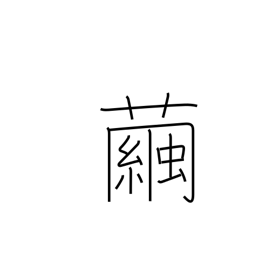
Meaning: cocoon